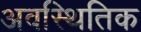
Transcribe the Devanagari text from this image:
अवस्थितिक